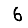
Digit: 6